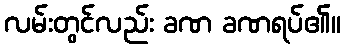
လမ်းတွင်လည်း ခဏ ခဏရပ်၏။